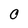
Character: O